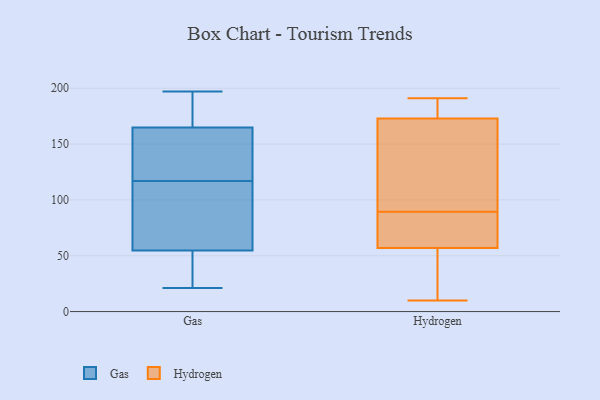
{"axis": {"x": "Satisfaction Score", "y": "Value"}, "legend": ["Gas", "Hydrogen"], "data": [{"x": "", "y": 178, "type": "Gas"}, {"x": "", "y": 121, "type": "Gas"}, {"x": "", "y": 42, "type": "Gas"}, {"x": "", "y": 22, "type": "Gas"}, {"x": "", "y": 63, "type": "Gas"}, {"x": "", "y": 173, "type": "Gas"}, {"x": "", "y": 102, "type": "Gas"}, {"x": "", "y": 197, "type": "Gas"}, {"x": "", "y": 30, "type": "Gas"}, {"x": "", "y": 117, "type": "Gas"}, {"x": "", "y": 130, "type": "Gas"}, {"x": "", "y": 183, "type": "Gas"}, {"x": "", "y": 59, "type": "Gas"}, {"x": "", "y": 102, "type": "Gas"}, {"x": "", "y": 157, "type": "Gas"}, {"x": "", "y": 21, "type": "Gas"}, {"x": "", "y": 162, "type": "Gas"}, {"x": "", "y": 93, "type": "Hydrogen"}, {"x": "", "y": 133, "type": "Hydrogen"}, {"x": "", "y": 86, "type": "Hydrogen"}, {"x": "", "y": 186, "type": "Hydrogen"}, {"x": "", "y": 10, "type": "Hydrogen"}, {"x": "", "y": 17, "type": "Hydrogen"}, {"x": "", "y": 191, "type": "Hydrogen"}, {"x": "", "y": 79, "type": "Hydrogen"}, {"x": "", "y": 57, "type": "Hydrogen"}, {"x": "", "y": 173, "type": "Hydrogen"}]}